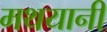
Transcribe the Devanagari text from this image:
मथयानी